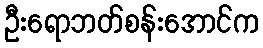
ဦးရောဘတ်စန်းအောင်က